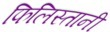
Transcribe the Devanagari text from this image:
फिलिस्तानी